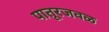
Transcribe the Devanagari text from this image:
पातूरजवळ